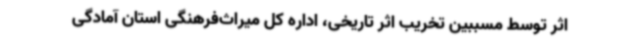
اثر توسط مسببین تخریب اثر تاریخی، اداره‌ کل میراث‌فرهنگی استان آمادگی